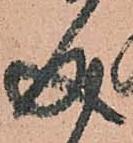
成